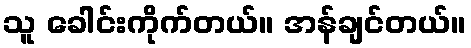
သူ ခေါင်းကိုက်တယ်။ အန်ချင်တယ်။